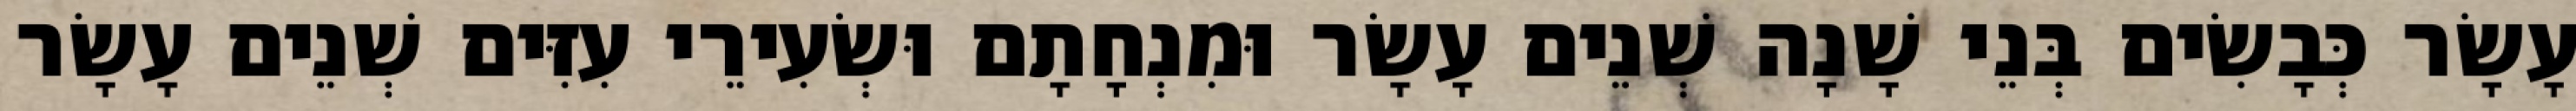
עָשָׂר כְּבָשִׂים בְּנֵי שָׁנָה שְׁנֵים עָשָׂר וּמִנְחָתָם וּשְׂעִירֵי עִזִּים שְׁנֵים עָשָׂר